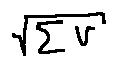
\sqrt { \sum V }